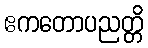
ဧကတောပညတ္တိ